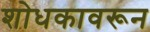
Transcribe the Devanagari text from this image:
शोधकावरून